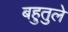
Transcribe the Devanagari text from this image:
बहुतुले